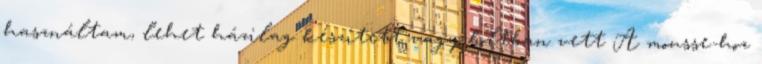
használtam, lehet házilag készített vagy boltban vett A mousse-hoz